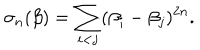
\sigma _ { n } ( \beta ) = \sum _ { i < j } ( \beta _ { i } - \beta _ { j } ) ^ { 2 n } .